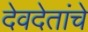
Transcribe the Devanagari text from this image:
देवदेतांचे